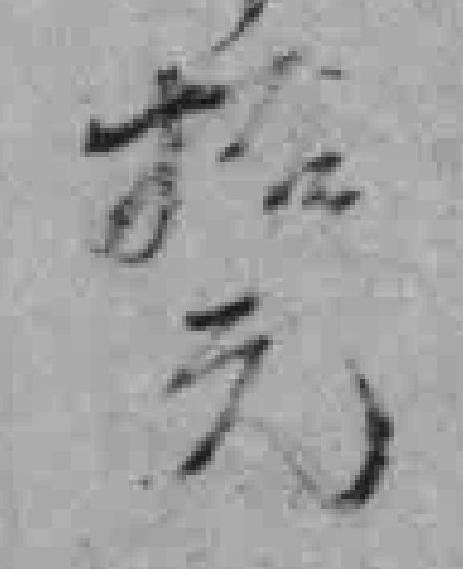
拾元